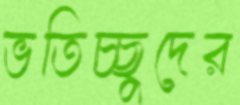
ভতিচ্ছুদের